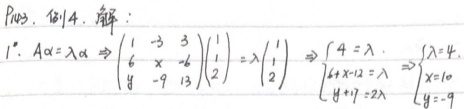
1904. 解：
1. \(A\alpha=\lambda\alpha\Rightarrow\begin{pmatrix}1& - 3&3\\6&x& - 6\\y& - 9&13\end{pmatrix}\begin{pmatrix}1\\1\\2\end{pmatrix}=\lambda\begin{pmatrix}1\\1\\2\end{pmatrix}\Rightarrow\begin{cases}4=\lambda\\6 + x-12=\lambda\\y + 17 = 2\lambda\end{cases}\Rightarrow\begin{cases}\lambda = 4\\x = 10\\y=-9\end{cases}\)